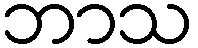
ဘာသ